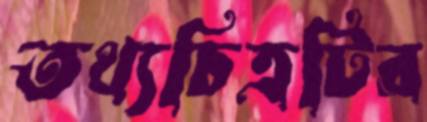
তথ্যচিত্রটির